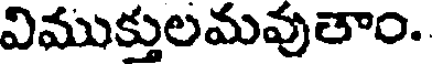
విముక్తులమవుతాం.